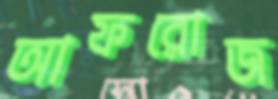
আফরোজ